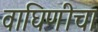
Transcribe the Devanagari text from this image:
वाघिणीचा